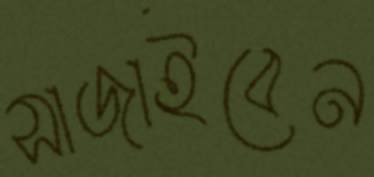
সাজাইবেন